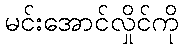
မင်းအောင်လှိုင်ကို